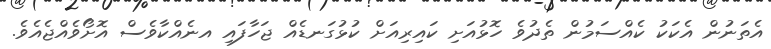
އެތަނުން އެކަކު ކެއްސަމުން ތެދުވެ ހޮޅުއަށި ކައިރިއަށް ކުޅުގަނޑެއް ޖަހާފައި އނެއްކާވެސް އޮށޯވެއްޖެއެވެ.